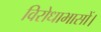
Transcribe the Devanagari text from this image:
विरोधाभासों।